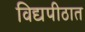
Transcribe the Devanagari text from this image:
विद्यपीठात